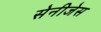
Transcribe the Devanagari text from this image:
सेनीजेस